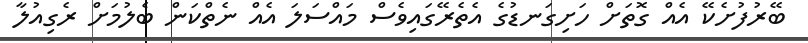
ބޭރުފުށެކޭ އެއް ގޮތަށް ހަށިގަނޑުގެ އެތެރޭގައިވެސް މައްސަލަ އެއް ނެތްކަން ބެލުމަށް ރެގިއުލާ